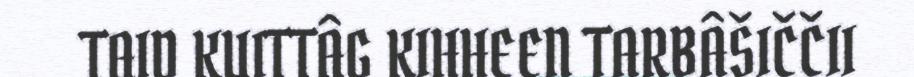
TAID KUITTÂG KIHHEEN TARBÂŠIČČII